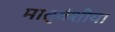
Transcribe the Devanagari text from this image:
मातृवंशीय।